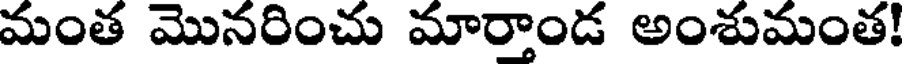
మంత మొనరించు మారాండ అంశుమంత!